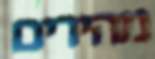
מהירים